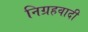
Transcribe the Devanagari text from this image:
निग्रहवादी